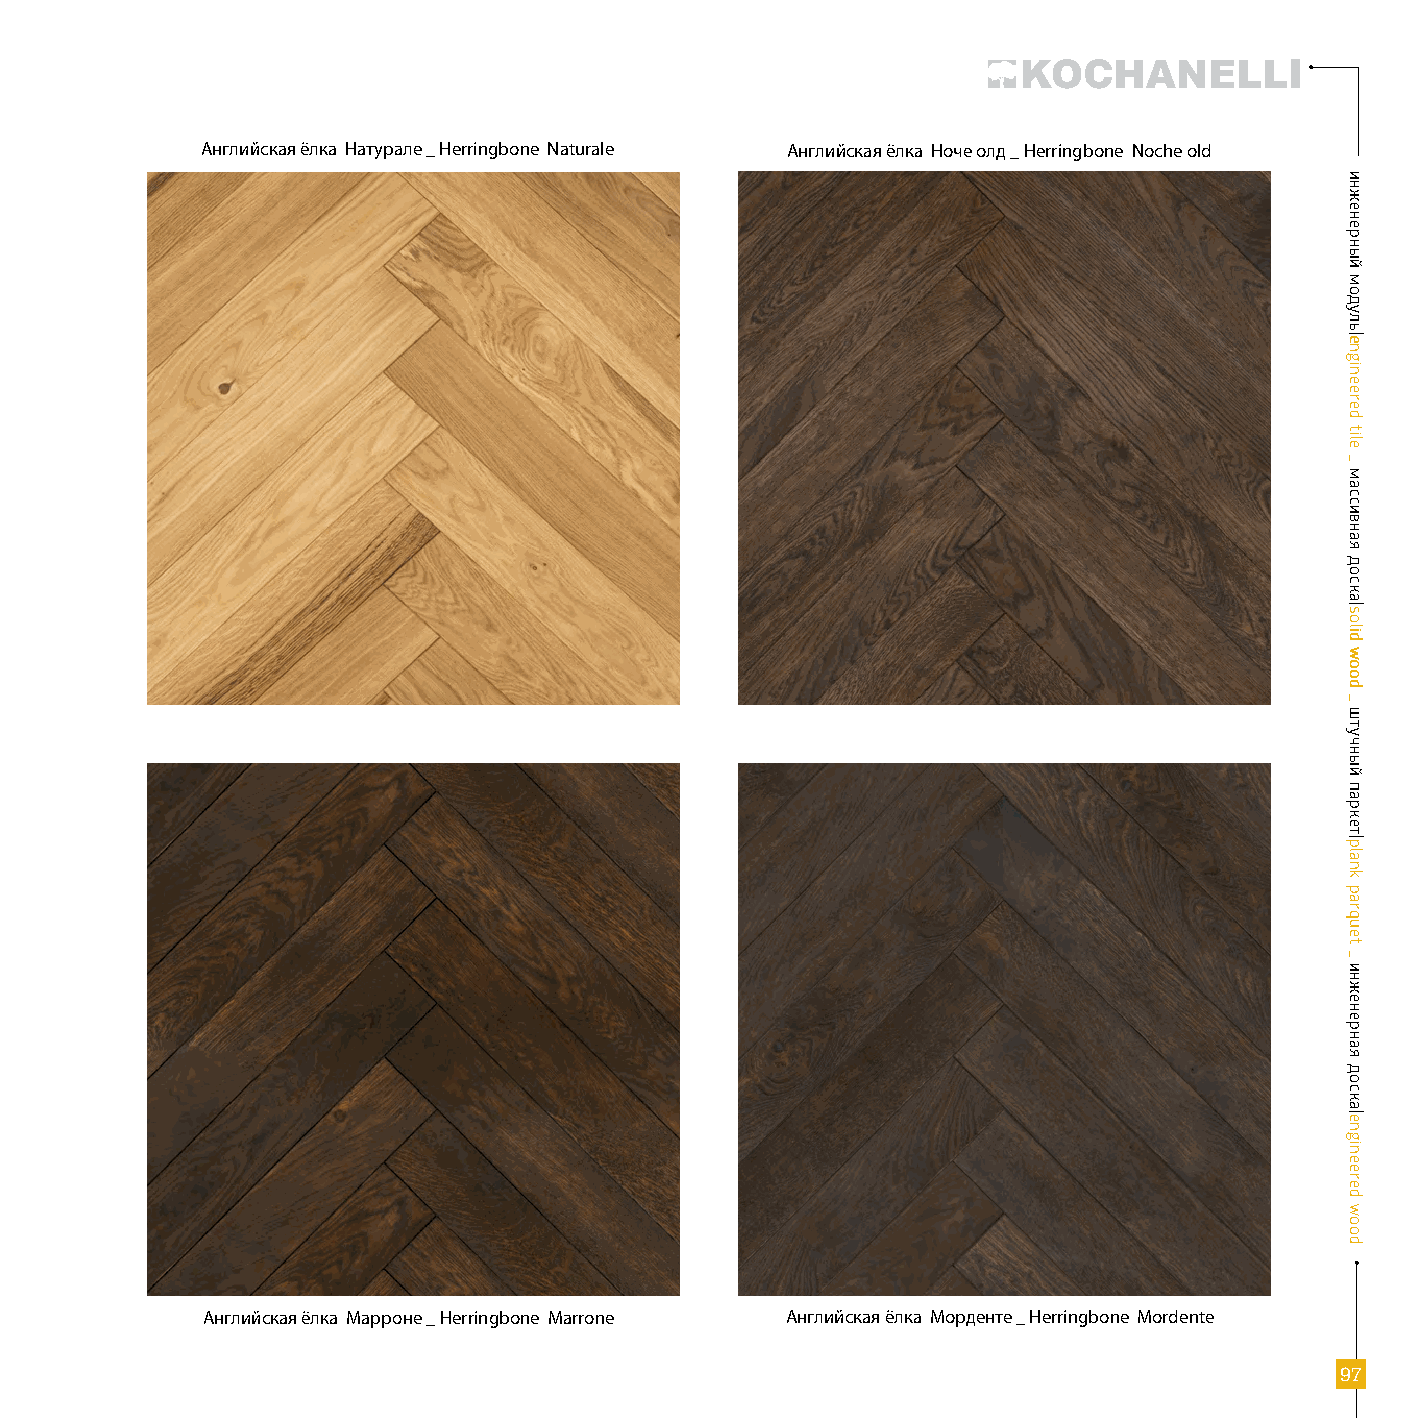
УНИВЕРСУМ _ UNIVERSUM
 Английская ёлка Натурале _ Herringbone Naturale Английская ёлка Ноче олд _ Herringbone Noche old
 Английская ёлка Марроне _ Herringbone Marrone Английская ёлка Морденте _ Herringbone Mordente
 9977
 ииннжжееннееррнныыйй
 ммооддуулльь||eennggiinneeeerreedd
 ttiillee
 __
 ммаассссииввннааяя
 ддооссккаа||ssoolliidd
 wwoooodd
 __
 шшттууччнныыйй
 ппааррккеетт||ppllaannkk
 ppaarrqquueett
 __
 ииннжжееннееррннааяя
 ддооссккаа||eennggiinneeeerreedd
 wwoooodd